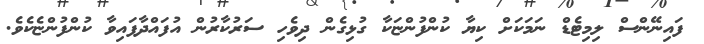
ފައިނޭންސް ލިމިޓެޑް ނަމަކަށް ކިޔާ ކުންފުންޏަކާ ގުޅިގެން ދިވެހި ސަރުކާރުން އުފައްދާފައިވާ ކުންފުންޏެކެވެ.